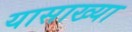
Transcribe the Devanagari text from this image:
यासाख्या